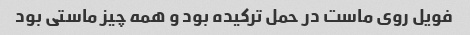
فویل روی ماست د‌ر حمل ترکیده بود و همه چیز ماستی بود